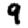
Digit: 9